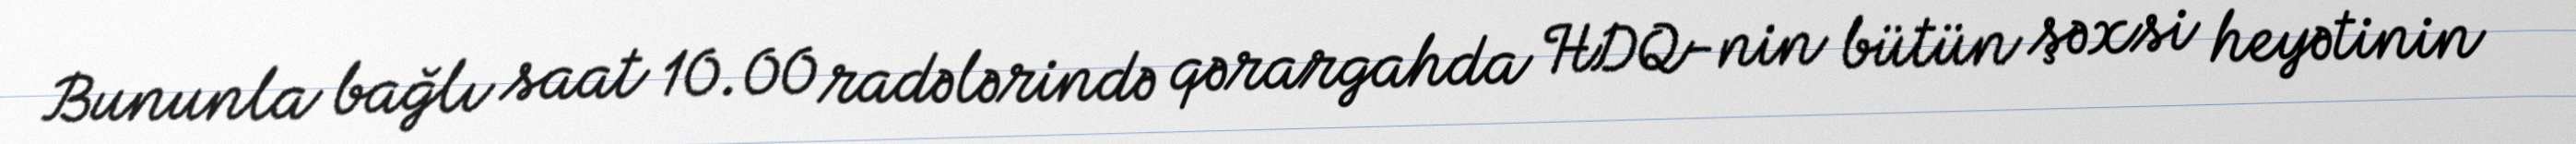
Bununla bağlı saat 10.00 radələrində qərargahda HDQ-nin bütün şəxsi heyətinin